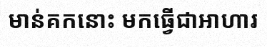
មាន់គកនោះ មកធ្វើជាអាហារ